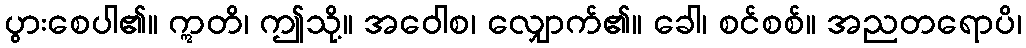
ပွားစေပါ၏။ ဣတိ၊ ဤသို့။ အဝေါစ၊ လျှောက်၏။ ခေါ၊ စင်စစ်။ အညတရောပိ၊